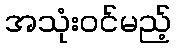
အသုံးဝင်မည့်